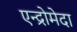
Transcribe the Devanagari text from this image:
एन्द्रोमेदा